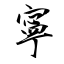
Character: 寧